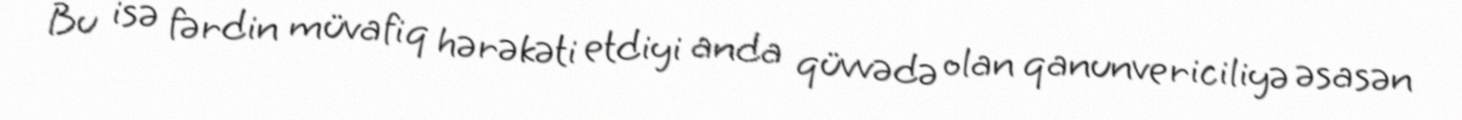
Bu isə fərdin müvafiq hərəkəti etdiyi anda qüvvədə olan qanunvericiliyə əsasən